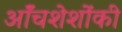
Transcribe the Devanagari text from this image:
ऑंचशेशोंकी